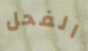
الفحل